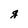
Character: g